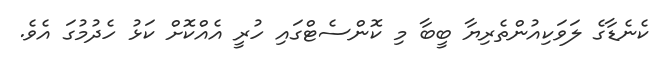
ކެނެޑާގެ ލަވަކިއުންތެރިޔާ ބީބާ މި ކޮންސެޓްގައި ހުރީ އެއްކޮށް ކަޅު ހެދުމުގަ އެވެ.